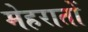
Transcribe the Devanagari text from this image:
मेहरातों